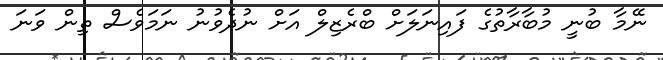
ނޭމާ ބުނީ މުބާރާތުގެ ފައިނަލަށް ބްރެޒިލް އަށް ނުދެވުނު ނަމަވެސް ތިން ވަނަ